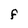
Character: f